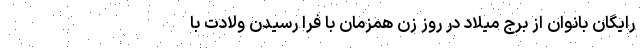
رایگان بانوان از برج میلاد در روز زن همزمان با فرا رسیدن ولادت با